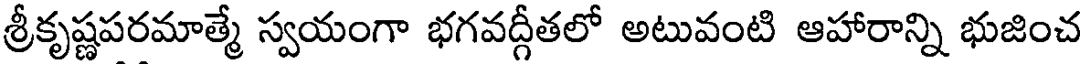
శ్రీకృష్ణపరమాత్మే స్వయంగా భగవద్గీతలో అటువంటి ఆహారాన్ని భుజించ